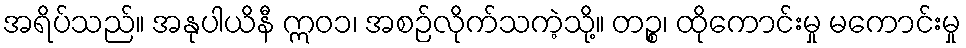
အရိပ်သည်။ အနုပါယိနီ ဣဝ၁၊ အစဉ်လိုက်သကဲ့သို့။ တဉ္စ၊ ထိုကောင်းမှု မကောင်းမှု